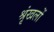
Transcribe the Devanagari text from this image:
श्रृंखलों